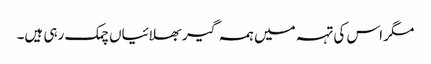
مگر اس کی تہہ میں ہمہ گیر بھلائیاں چمک رہی ہیں۔